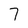
Character: 7